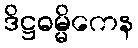
ဒိဋ္ဌဓမ္မိကေန